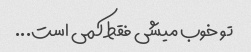
تو خوب میشی فقط کمی است...